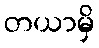
တယာမှိ